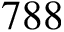
7 8 8